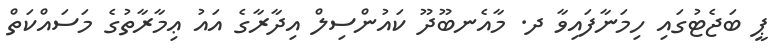
ޕީ ބަޖެޓުގައި ހިމަނާފައިވާ ދ. މާއެނބޫދޫ ކައުންސިލް އިދާރާގެ އައު ޢިމާރާތުގެ މަސައްކަތް